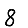
Digit: 8